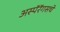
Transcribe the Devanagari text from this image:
अस्पॅरॅगसचे